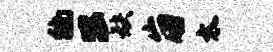
徜公缺崩太